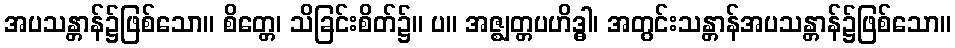
အပသန္တာန်၌ဖြစ်သော။ စိတ္တေ၊ သိခြင်းစိတ်၌။ ပ။ အဇ္ဈတ္တပဟိဒ္ဓါ၊ အတွင်းသန္တာန်အပသန္တာန်၌ဖြစ်သော။